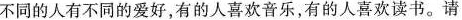
不同的人有不同的爱好，有的人喜欢音乐，有的人喜欢读书。请